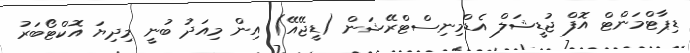
ޑިޕާޓްމަންޓް އޮފް ޖުޑީޝަލް އެޑްމިނިސްޓްރޭޝަން (ޑީޖޭއޭ) އިން މިއަދު ބުނީ މިދިޔަ އޮކްޓޯބަރު